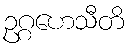
ဥဂ္ဂဟေသီတိ